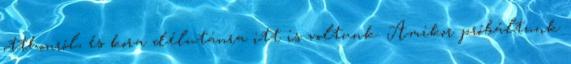
otthonról, és kora délutánra itt is voltunk. Amikor próbáltunk